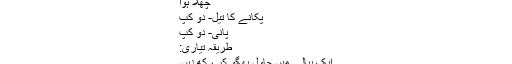
چِھلا ہوا
پکانے کا تیل- دو کپ
پانی- دو کپ
طریقہِ تیاری:
ایک پیالے میں چاول بھگو کر رکھ دیں۔